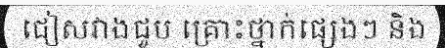
ជៀសវាងជួប គ្រោះថ្នាក់ផ្សេងៗ និង